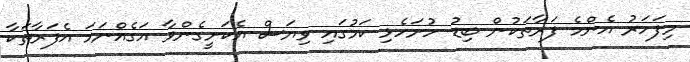
މިފަހަރު އެންމެ ފަރާތަކުން ބިޑު ހުށަހެޅި ކަމުގައި ވިޔަސް އެކަށީގެންވާ އަގެއްނަމަ އެފަރާތަކާ